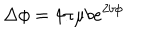
LaTeX: \Delta \phi = 4 \pi \mu b e ^ { 2 b \phi }